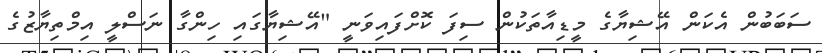
ސަބަބުން އެކަން އޭޝިޔާގެ މީޑިއާތަކުން ސިފަ ކޮށްފައިވަނީ "އޭޝިޔާގައި ހިންގާ ނަސްލީ އިމްތިޔާޒުގެ